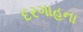
દરગાહના